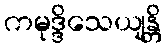
ကမုဒ္ဒိသေယျန္တိ